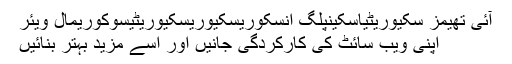
آئی تھیمز سکیوریٹیاسکینپلگ انسکوریسکیوریسکیوریٹیسوکوریمال ویئر
اپنی ویب سائٹ کی کارکردگی جانیں اور اسے مزید بہتر بنائیں